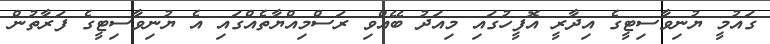
ގައުމީ ޔުނިވާސިޓީގެ އިދާރީ އޮފީހުގައި މިއަދު ބޭއްވި ރަސްމިއްޔާތެއްގައި އެ ޔުނިވާސިޓީގެ ފަރާތުން